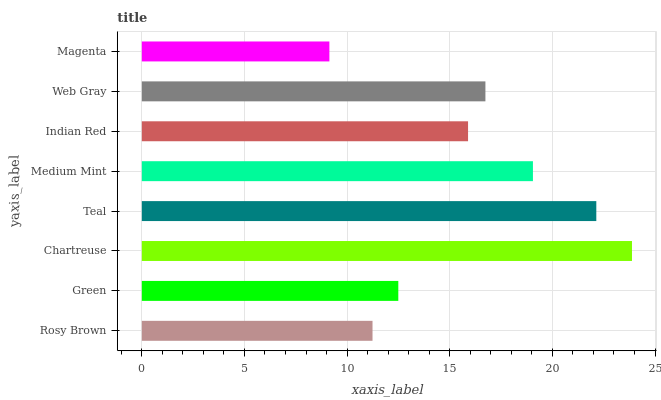
| yaxis_label | bars |
 | --- | --- |
 | Rosy Brown | 11.2 |
 | Green | 12.5 |
 | Chartreuse | 23.9 |
 | Teal | 22.1 |
 | Medium Mint | 19.1 |
 | Indian Red | 15.9 |
 | Web Gray | 16.7 |
 | Magenta | 9.14 |